Vaccination in Bombay 1874-1876 - 1874-1876
Year: 1874
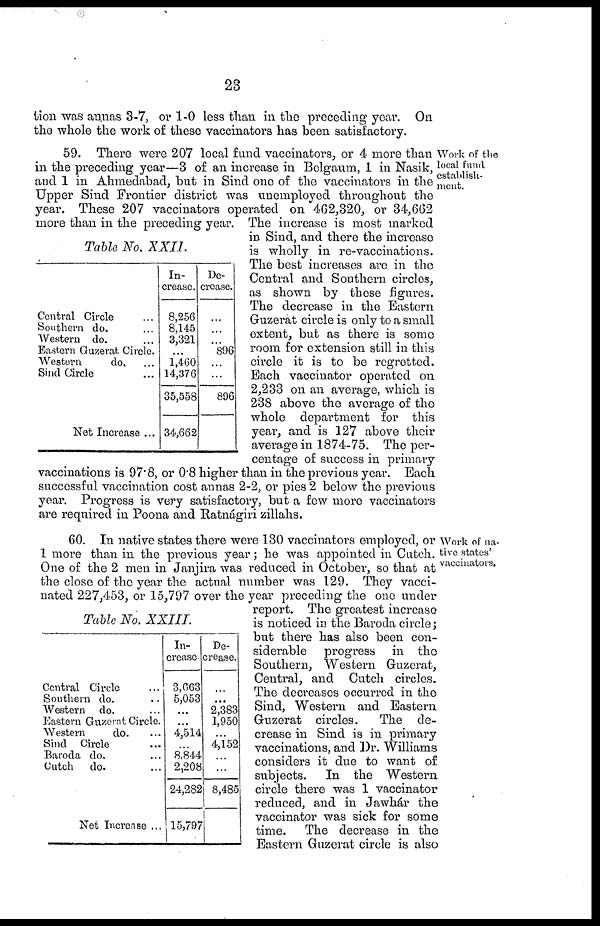
23
tion was annas 3-7, or 1-0 less than in the preceding year. On
the whole the work of these vaccinators has been satisfactory.
Work of the
local fund
establish-
ment.
Table No. XXII.
Central Circle ...
Southern do. ...
Western do. ...
Eastern Guzerat Circle.
Western
do. ...
Sind Circle ...
Net Increase ...
In-
crease.
8,256
8,145
3,321
...
1,460
14,376
35,558
34,662
De-
crease.
...
...
...
896
...
...
896
59. There were 207 local fund vaccinators, or 4 more than
in the preceding year—3 of an increase in Belgaum, 1 in Nasik,
and 1 in Ahmedabad, but in Sind one of the vaccinators in the
Upper Sind Frontier district was unemployed throughout the
year. These 207 vaccinators operated on 462,320, or 34,662
more than in the preceding year. The increase is most marked
in Sind, and there the increase
is wholly in re-vaccinations.
The best increases are in the
Central and Southern circles,
as shown by those figures.
The decrease in the Eastern
Guzerat circle is only to a small
extent, but as there is some
room for extension still in this
circle it is to be regretted.
Each vaccinator operated on
2,233 on an average, which is
238 above the average of the
whole department for this
year, and is 127 above their
average in 1874-75. The per-
centage of success in primary
vaccinations is 97.8, or 0.8 higher than in the previous year. Each
successful vaccination cost annas 2-2, or pies 2 below the previous
year. Progress is very satisfactory, but a few more vaccinators
are required in Poona and Ratnágiri zillahs.
Work of na-
tive states'
vaccinators.
Table No. XXIII.
Central Circle ...
Southern do. ...
Western do. ...
Eastern Guzernt Circle.
Western
do. ...
Sind Circle ...
Baroda do. ...
Cutch do. ...
Net Increase ...
In-
crease
3,663
5,053
...
...
4,514
...
8,844
2,208
24,282
15,797
De-
crease.
...
...
2,383
1,950
...
4,152
...
...
8,485
60. In native states there were 130 vaccinators employed, or
1 more than in the previous year; he was appointed in Cutch.
One of the 2 men in Janjira was reduced in October, so that at
the close of the year the actual number was 129. They vacci-
nated 227,453, or 15,797 over the year preceding the one under
report. The greatest increase
is noticed in the Baroda circle;
but there has also been con-
siderable progress in the
Southern, Western Guzerat,
Central, and Cutch circles.
The decreases occurred in the
Sind, Western and Eastern
Guzerat circles.
The de-
crease in Sind is in primary
vaccinations, and Dr. Williams
considers it due to want of
subjects.
In the Western
circle there was 1 vaccinator
reduced, and in Jawhár the
vaccinator was sick for some
time. The decrease in the
Eastern Guzerat circle is also